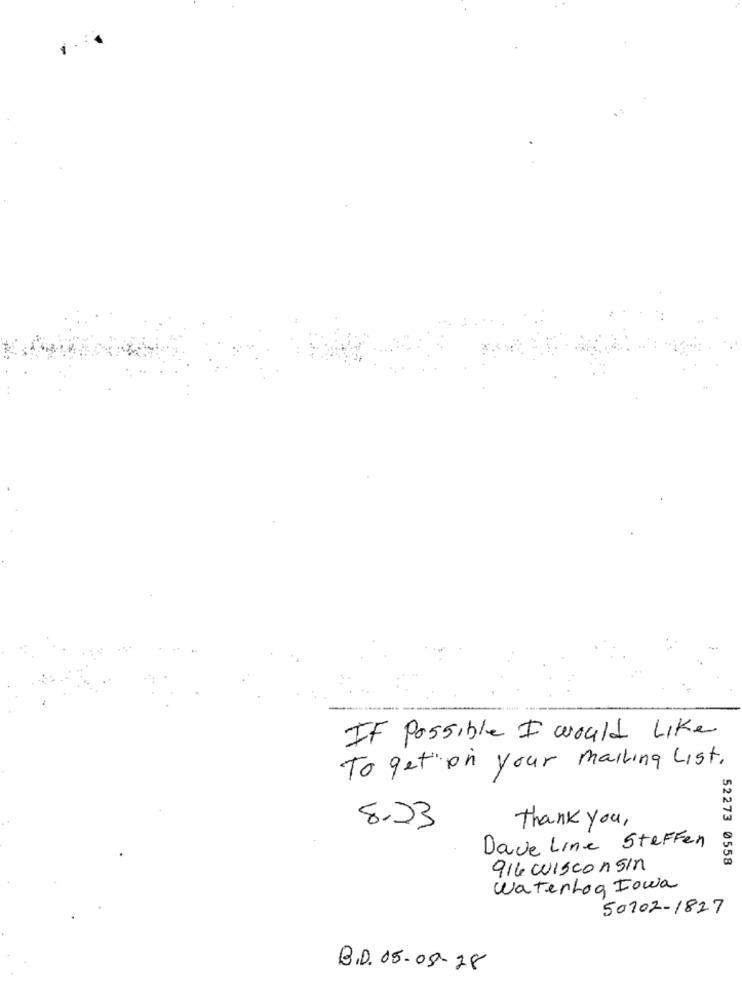
---
IF Possible I would Like
To get on your mailing List.
8.23
Thank you,
Dave Line SteFfen
52273 0558
916 Wisconsin
WaterLog Iowa
50702-1827
B.D. 05-08-28